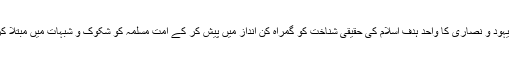
اس وقت یہود و نصاری کا واحد ہدف اسلام کی حقیقی شناخت کو گمراہ کن انداز میں پیش کر کے امت مسلمہ کو شکوک و شبہات میں مبتلا کرنا ہے ۔